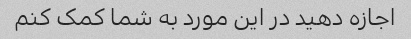
اجازه دهید در این مورد به شما کمک کنم